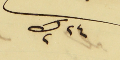
٢٤ ك٢ سنة ٩٢٦